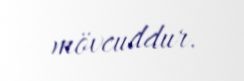
mövcuddur.